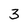
Character: 3